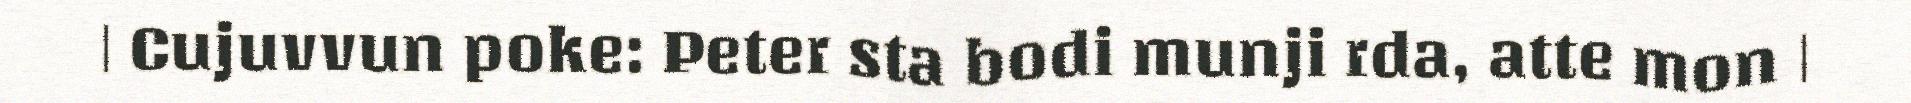
| Cujuvvun poke: Peter sta bodi munji rda, atte mon |